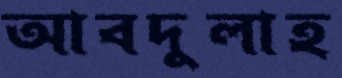
আবদুলাহ